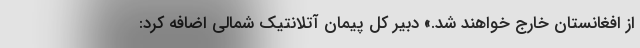
از افغانستان خارج خواهند شد.» دبیر کل پیمان آتلانتیک شمالی اضافه کرد: